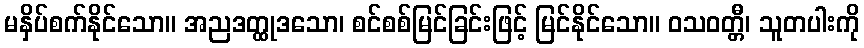
မနှိပ်စက်နိုင်သော။ အညဒတ္ထုဒသော၊ စင်စစ်မြင်ခြင်းဖြင့် မြင်နိုင်သော။ ဝသဝတ္တီ၊ သူတပါးကို